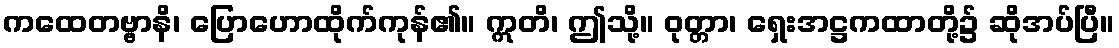
ကထေတဗ္ဗာနိ၊ ပြောဟောထိုက်ကုန်၏။ ဣတိ၊ ဤသို့။ ဝုတ္တာ၊ ရှေးအဋ္ဌကထာတို့၌ ဆိုအပ်ပြီ။